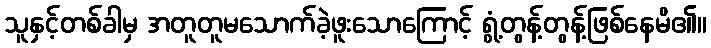
သူနှင့်တစ်ခါမှ အတူတူမသောက်ခဲ့ဖူးသောကြောင့် ရွံ့တွန့်တွန့်ဖြစ်နေမိ၏။